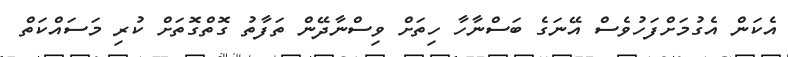
އެކަން އެގުމަށްފަހުވެސް އޭނަގެ ބަސްނާހާ ހިތަށް ވިސްނާދޭން ތަފާތު ގޮތްގޮތަށް ކުރި މަސައްކަތް